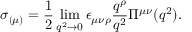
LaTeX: \sigma _ { ( \mu ) } = \frac { 1 } { 2 } \operatorname * { l i m } _ { q ^ { 2 } \to 0 } \epsilon _ { \mu \nu \rho } \frac { q ^ { \rho } } { q ^ { 2 } } \Pi ^ { \mu \nu } ( q ^ { 2 } ) .